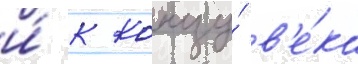
и́ к концу́ в'е́ка